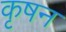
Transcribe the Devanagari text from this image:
कृषन